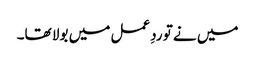
میں نے تو ردِعمل میں بولا تھا۔